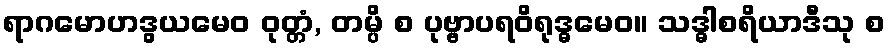
ရာဂမောဟဒွယမေဝ ဝုတ္တံ, တမ္ပိ စ ပုဗ္ဗာပရဝိရုဒ္ဓမေဝ။ သဒ္ဓါစရိယာဒီသု စ